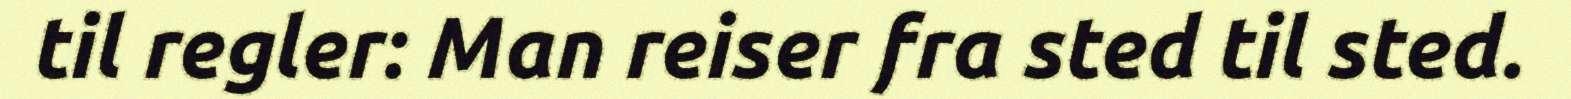
til regler: Man reiser fra sted til sted.